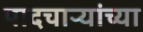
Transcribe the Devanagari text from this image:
पादचाऱ्यांच्या